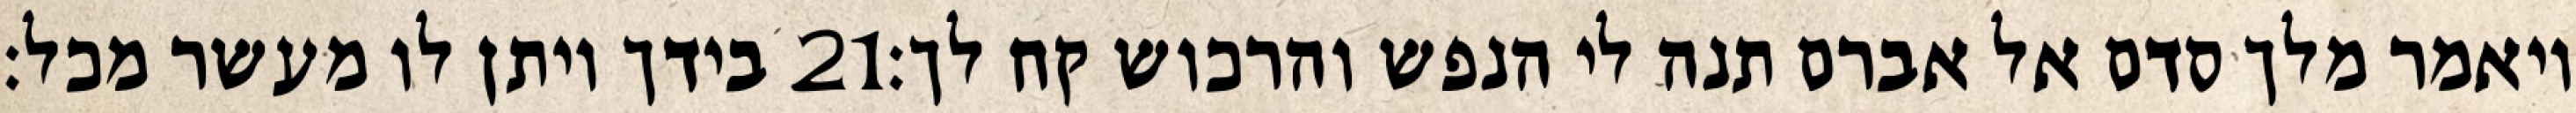
בידך ויתן לו מעשר מכל׃ ‎21‏ ויאמר מלך סדם אל אברם תנה לי הנפש והרכוש קח לך׃